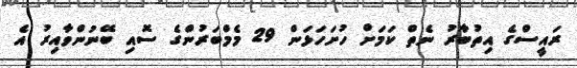
ރައީސްގެ އިތުބާރު ނެތް ކަމަށް ހުށަހަޅަން 29 މެމްބަރުންގެ ސޮއި ބޭނުންވާއިރު އެ